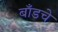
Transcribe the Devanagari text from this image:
बाँडचे